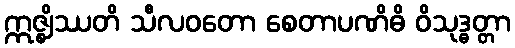
ဣဇ္ဈိဿတိ သီလဝတော စေတာပဏိဓိ ဝိသုဒ္ဓတ္တာ